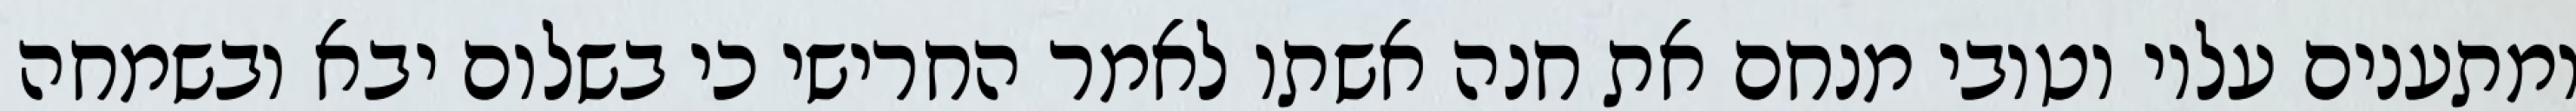
ומתענים עליו וטובי מנחם את חנה אשתו לאמר החרישי כי בשלום יבא ובשמחה